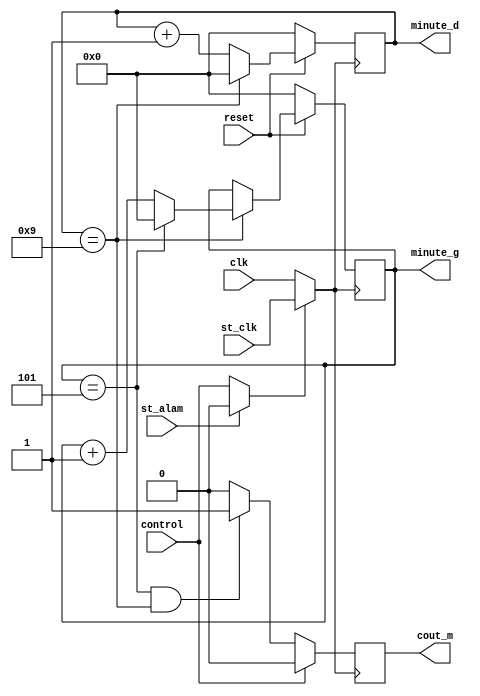
`timescale 1ns / 1ps

module C_mins(clk,st_clk,st_alam,reset,control,minute_g,minute_d,cout_m);
input  clk,st_clk,st_alam,reset,control; // reset
output reg cout_m;  // 
output reg [3:0] minute_g,minute_d; //  

reg control_;
always@(*)
  if (st_alam)
     control_ <= 0;
  else
     control_ <= control;
  

reg _clk;
always@(*)
    if (control_) begin
        _clk <= st_clk;
    end
    else begin
        _clk <= clk;
    end

always@(posedge _clk)
begin
     if(!reset) begin
         minute_d <= 0;
         minute_g <= 0;
     end 
     else begin
         if(minute_d == 9) begin
             minute_d <= 0;
             if(minute_g == 5)
                minute_g <= 0;
             else 
                minute_g <= minute_g + 1;
         end
         else 
            minute_d <= minute_d + 1;
     end
     if (control)
         cout_m <= 0;
     else
         cout_m <= (minute_g == 5)&&(minute_d == 9) ? 1:0;
end

endmodule